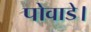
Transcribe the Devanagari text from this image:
पोवाडे।